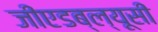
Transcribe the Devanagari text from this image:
जीएडब्ल्यूसी